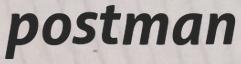
postman